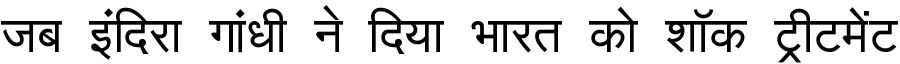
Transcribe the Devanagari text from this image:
जब इंदिरा गांधी ने दिया भारत को शॉक ट्रीटमेंट